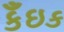
કઁઇક